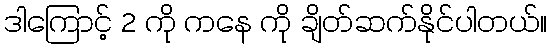
ဒါကြောင့် 2 ကို ကနေ ကို ချိတ်ဆက်နိုင်ပါတယ်။